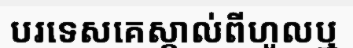
បរទេសគេស្គាល់ពីហូលឬ